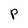
Character: P